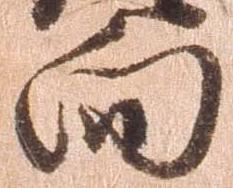
向